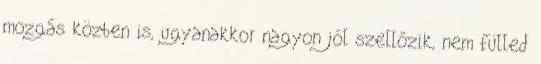
mozgás közben is, ugyanakkor nagyon jól szellőzik, nem fülled